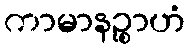
ကာမာနဉ္စာဟံ